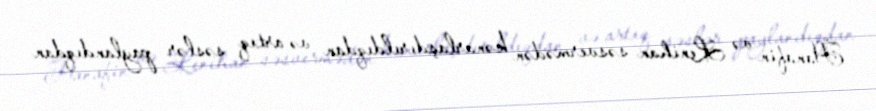
Hanafin və Lenihan səsvermədən kənarlaşdırıldıqdan və artıq səslər paylandıqdan